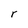
Character: r